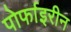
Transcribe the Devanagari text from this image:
पोर्फाइरीन